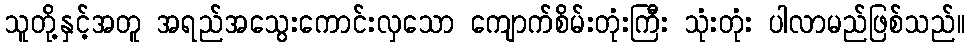
သူတို့နှင့်အတူ အရည်အသွေးကောင်းလှသော ကျောက်စိမ်းတုံးကြီး သုံးတုံး ပါလာမည်ဖြစ်သည်။